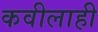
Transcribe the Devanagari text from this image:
कवीलाही